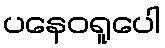
ပနေဝရူပေါ